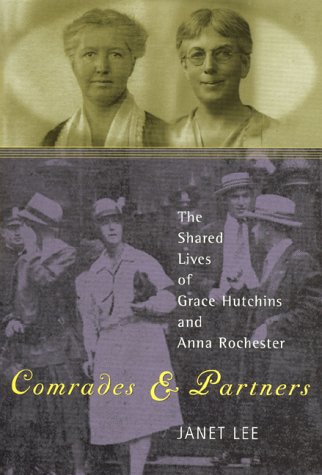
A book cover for Comrades and Partners: The Shared Lives of Grace Hutchins and Anna Rochester; Janet Lee; Gay & Lesbian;